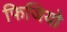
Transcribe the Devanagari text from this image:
फिजियो